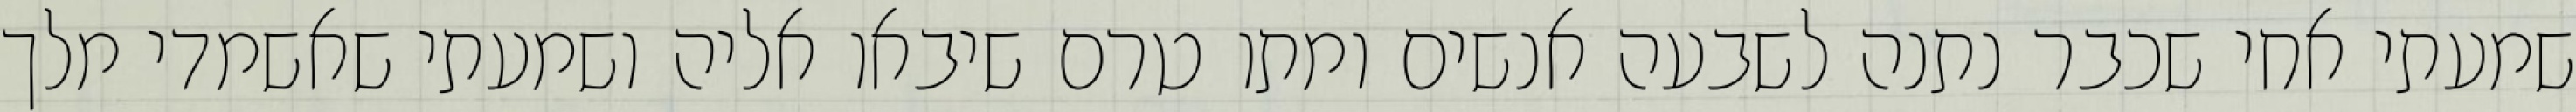
שמעתי אחי שכבר נתנה לשבעה אנשים ומתו טרם שיבאו אליה ושמעתי שאשמדי מלך